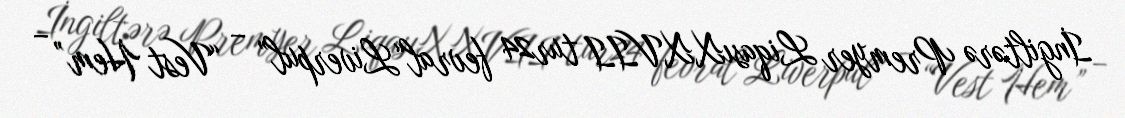
İngiltərə Premyer LiqasıXXVII tur24 fevral“Liverpul” – “Vest Hem” –